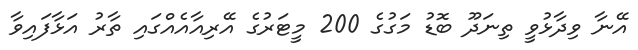
އޭނާ ވިދާޅުވީ ތިނަދޫ ބޮޑު މަގުގެ 200 މީޓަރުގެ އޭރިއާއެއްގައި ތާރު އަޅާފައިވާ